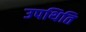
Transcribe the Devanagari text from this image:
उपथिति